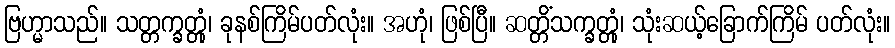
ဗြဟ္မာသည်။ သတ္တက္ခတ္တုံ၊ ခုနစ်ကြိမ်ပတ်လုံး။ အဟုံ၊ ဖြစ်ပြီ။ ဆတ္တိံသက္ခတ္တုံ၊ သုံးဆယ့်ခြောက်ကြိမ် ပတ်လုံး။